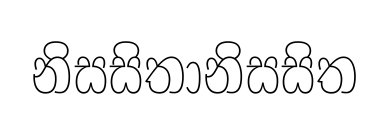
නිසසිතානිසසිත